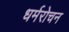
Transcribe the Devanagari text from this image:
धर्मरोचन